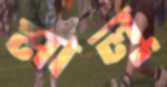
মালু